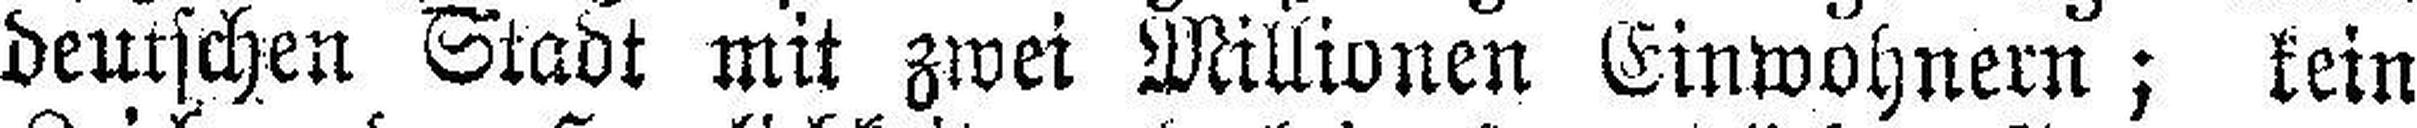
deutschen Stadt mit zwei Millionen Einwohnern; kein